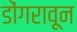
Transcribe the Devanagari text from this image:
डोंगरावून